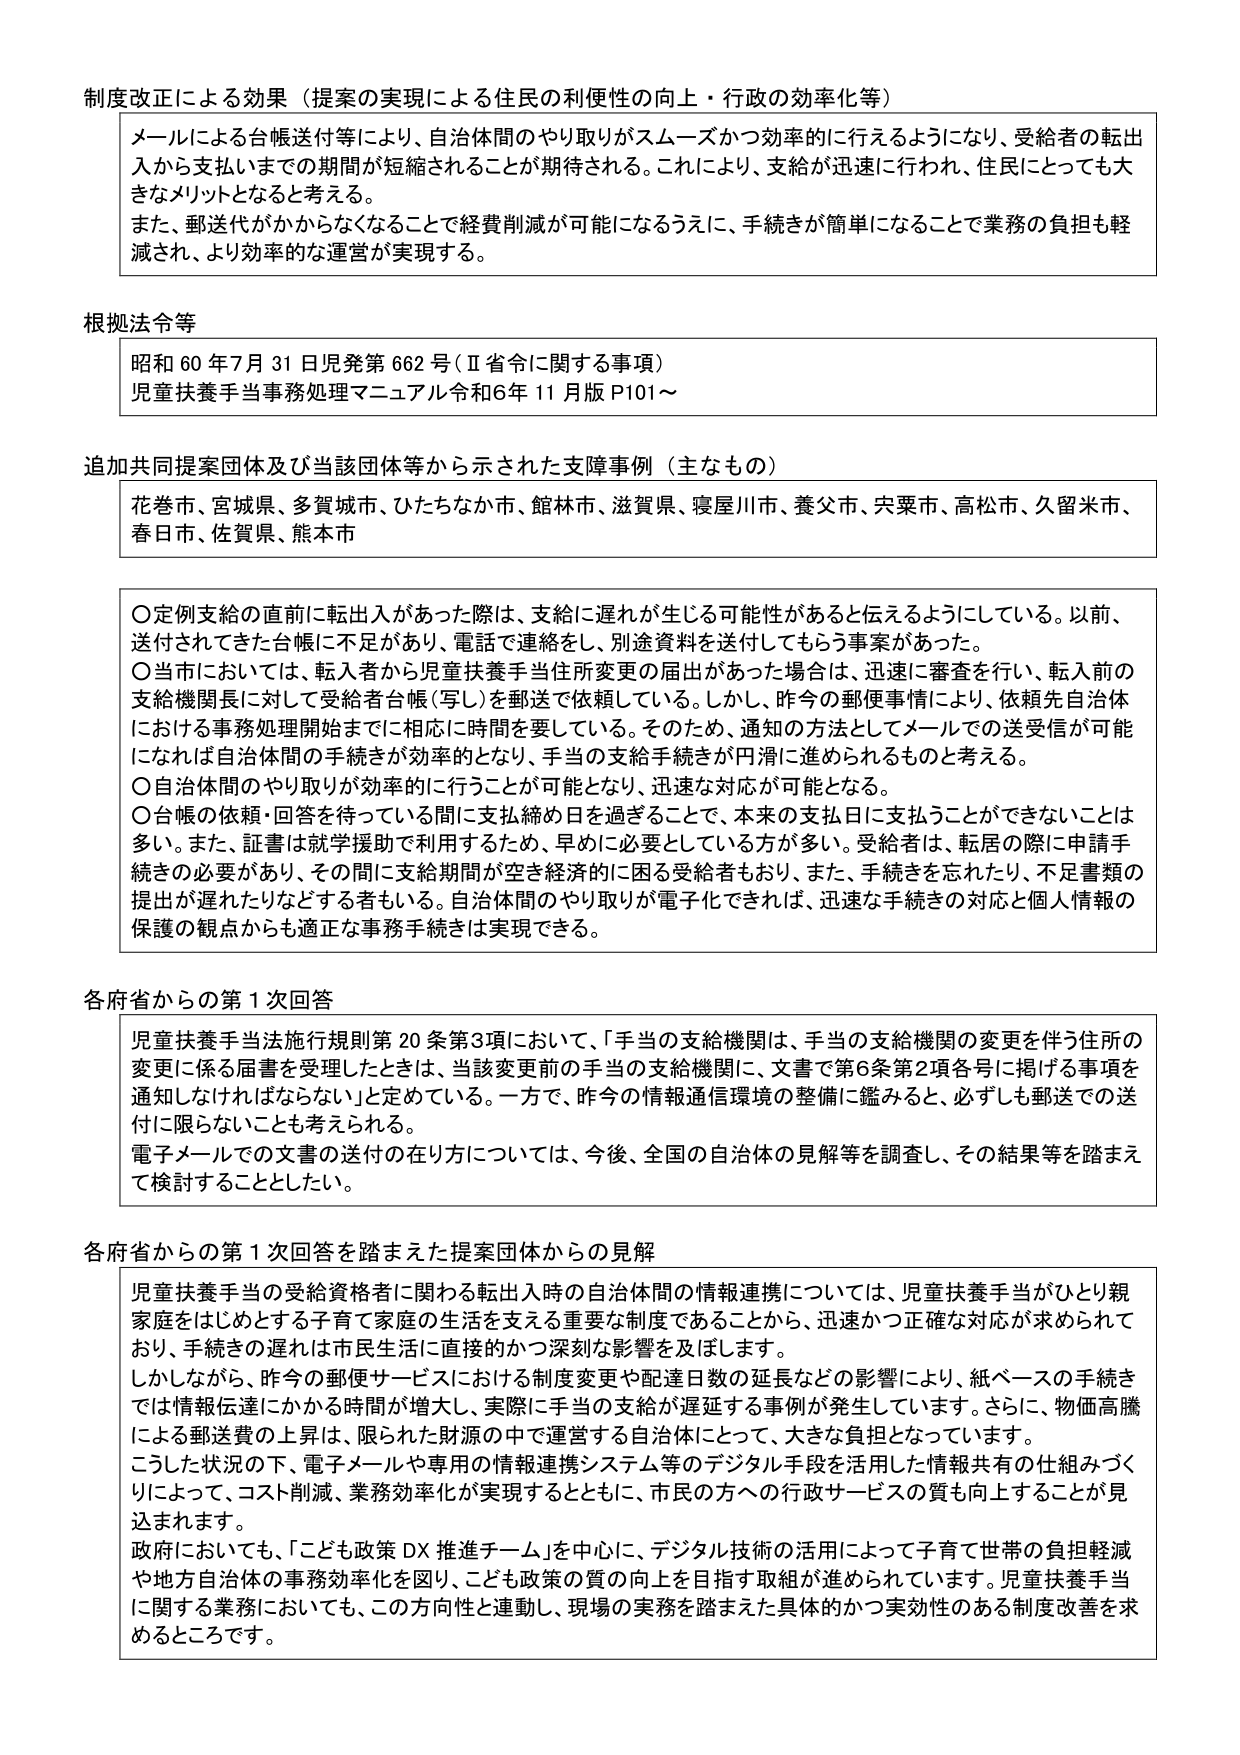
制度改正による効果（提案の実現による住民の利便性の向上・行政の効率化等）

メールによる台帳送付等により、自治体間のやり取りがスムーズかつ効率的に行えるようになり、受給者の転出入から支払いまでの期間が短縮されることが期待される。これにより、支給が迅速に行われ、住民にとっても大きなメリットとなると考える。
また、郵送代がかからなくなることで経費削減が可能になるうえに、手続きが簡単になることで業務の負担も軽減され、より効率的な運営が実現する。

根拠法令等

昭和60年7月31日児発第662号（Ⅱ省令に関する事項）
児童扶養手当事務処理マニュアル令和6年11月版P101～

追加共同提案団体及び当該団体等から示された支援事例（主なもの）

花巻市、宮城県、多賀城市、ひたちなか市、館林市、滋賀県、寝屋川市、養父市、宍粟市、高松市、久留米市、春日市、佐賀県、熊本市

〇定例支給の直前に転出入があった際は、支給に遅れが生じる可能性があると伝えるようにしている。以前、送付されてきた台帳に不足があり、電話で連絡をし、別途資料を送付してもらう事案があった。
〇当市においては、転入者から児童扶養手当住所変更の届出があった場合は、迅速に審査を行い、転入前の支給機関長に対して受給者台帳（写し）を郵送で依頼している。しかし、昨今の郵便事情により、依頼先自治体における事務処理開始までに相応に時間を要している。そのため、通知の方法としてメールでの送受信が可能になれば自治体間の手続きが効率的となり、手当の支給手続きが円滑に進められるものと考える。
〇自治体間のやり取りが効率的に行うことが可能となり、迅速な対応が可能となる。
〇台帳の依頼・回答を待っている間に支払締め日を過ぎることで、本来の支払日に支払うことができないことは多い。また、証書は就学援助で利用するため、早めに必要としている方が多い。受給者は、転居の際に申請手続きの必要があり、その間に支給期間が空き経済的に困る受給者もおり、また、手続きを忘れたり、不足書類の提出が遅れたりなどする者もいる。自治体間のやり取りが電子化できれば、迅速な手続きの対応と個人情報の保護の観点からも適正な事務手続きは実現できる。

各府省からの第1次回答

児童扶養手当法施行規則第20条第3項において、「手当の支給機関は、手当の支給機関の変更を伴う住所の変更に係る届書を受理したときは、当該変更前の手当の支給機関に、文書で第6条第2項各号に掲げる事項を通知しなければならない」と定めている。一方で、昨今の情報通信環境の整備に鑑みると、必ずしも郵送での送付に限らないことも考えられる。
電子メールでの文書の送付の在り方については、今後、全国の自治体の見解等を調査し、その結果等を踏まえて検討することとした。

各府省からの第1次回答を踏まえた提案団体からの見解

児童扶養手当の受給資格者に関わる転出入時の自治体間の情報連携については、児童扶養手当がひとり親家庭をはじめとする子育て家庭の生活を支える重要な制度であることから、迅速かつ正確な対応が求められており、手続きの遅れは市民生活に直接的かつ深刻な影響を及ぼします。
しかしながら、昨今の郵便サービスにおける制度変更や配達日数の延長などの影響により、紙ベースの手続きでは情報伝達にかかる時間が増大し、実際に手当の支給が遅延する事例が発生しています。さらに、物価高騰による郵送費の上昇は、限られた財源の中で運営する自治体にとって、大きな負担となっています。
こうした状況の下、電子メールや専用の情報連携システム等のデジタル手段を活用した情報共有の仕組みづくりによって、コスト削減、業務効率化が実現するとともに、市民の方への行政サービスの質も向上することが見込まれます。
政府においても、「こども政策DX推進チーム」を中心に、デジタル技術の活用によって子育て世帯の負担軽減や地方自治体の事務効率化を図り、こども政策の質の向上を目指す取組が進められています。児童扶養手当に関する業務においても、この方向性と連動し、現場の実情を踏まえた具体的かつ実効性のある制度改善を求めるところです。